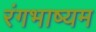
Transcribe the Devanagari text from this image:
रंगभाष्यम